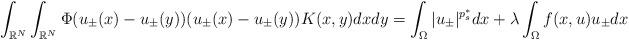
LaTeX: \begin{align*}\int_{\mathbb{R}^N}\int_{\mathbb{R}^N}\Phi(u_{\pm}(x)-u_{\pm}(y))(u_{\pm}(x)-u_{\pm}(y))K(x,y)dxdy =\int_\Omega |u_{\pm}|^{p^{\ast}_{s}}dx+\lambda \int_{\Omega}f(x,u)u_{\pm} dx\end{align*}